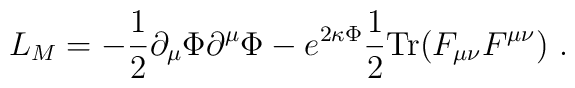
L_M=-\frac{1}{2}\partial_\mu \Phi \partial^\mu \Phi -e^{2 \kappa \Phi }\frac{1}{2} {\rm Tr} (F_{\mu\nu} F^{\mu\nu})\ .